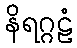
နိရဂ္ဂဠံ